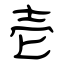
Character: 壱